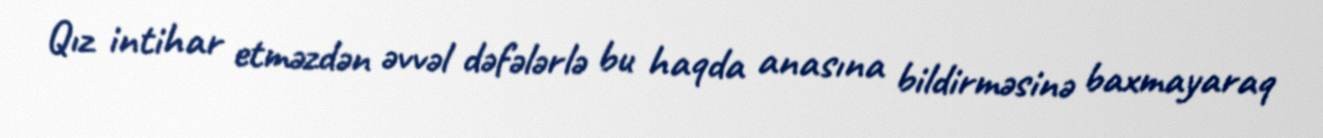
Qız intihar etməzdən əvvəl dəfələrlə bu haqda anasına bildirməsinə baxmayaraq